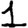
Digit: 1